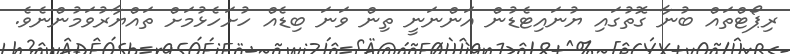
ރިޕޯޓްތައް ބުނާ ގޮތުގައި ޔުނައިޓެޑުން އަންނަނީ ތިން ވަނަ ބިޑެއް ހުށަހެޅުމަށް ތައްޔާރުވަމުންނެވެ.